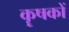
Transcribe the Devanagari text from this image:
कॄषकों